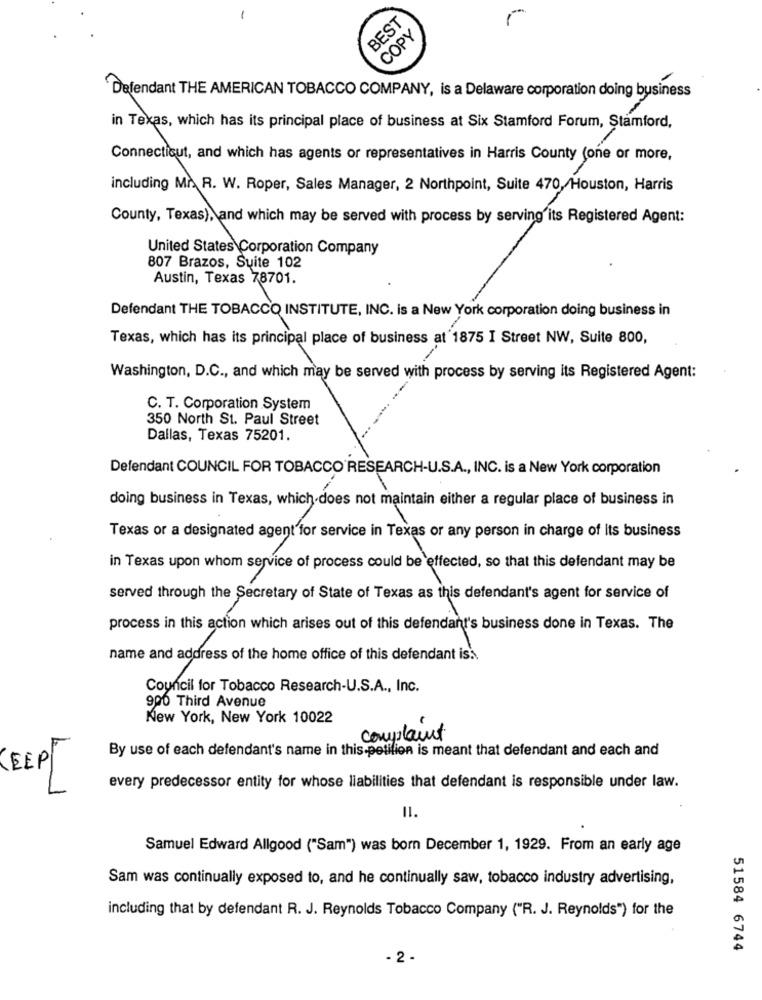
-
BEST
COPY
Defendant THE AMERICAN TOBACCO COMPANY, is a Delaware corporation doing business
in Texas, which has its principal place of business at Six Stamford Forum, Stamford,
Connecticut, and which has agents or representatives in Harris County (one or more,
including Mr. R. W. Roper, Sales Manager, 2 Northpoint, Suite 470, Houston, Harris
County, Texas), and which may be served with process by serving'its Registered Agent:
United States Corporation Company
807 Brazos, Suite 102
Austin, Texas 78701.
Defendant THE TOBACCO INSTITUTE, INC. is a New York corporation doing business in
Texas, which has its principal place of business at 1875 I Street NW, Suite 800,
Washington, D.C ., and which may be served with process by serving its Registered Agent:
C. T. Corporation System
350 North St. Paul Street
Dallas, Texas 75201.
Defendant COUNCIL FOR TOBACCO RESEARCH-U.S.A ., INC. is a New York corporation
doing business in Texas, which does not maintain either a regular place of business in
Texas or a designated agent for service in Texas or any person in charge of its business
in Texas upon whom service of process could be effected, so that this defendant may be
served through the Secretary of State of Texas as this defendant's agent for service of
process in this action which arises out of this defendant's business done in Texas. The
the ací
name and address of the home office of this defendant iss.
and adress
Council for Tobacco Research-U.S.A ., Inc.
900 Third Avenue
New York, New York 10022
complaint
By use of each defendant's name in this-petition is meant that defendant and each and
KEEP
-
every predecessor entity for whose liabilities that defendant is responsible under law.
11.
Samuel Edward Allgood ("Sam") was born December 1, 1929. From an early age
Sam was continually exposed to, and he continually saw, tobacco industry advertising,
including that by defendant R. J. Reynolds Tobacco Company ("R. J. Reynolds") for the
51584 6744
- 2 -